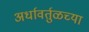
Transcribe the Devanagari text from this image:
अर्धावर्तुळच्या